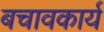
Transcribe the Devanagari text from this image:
बचावकार्य